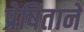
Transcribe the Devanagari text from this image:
प्रेषिताने